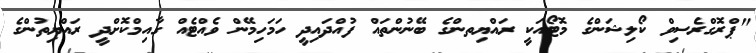
"ޕްރޮގްރެސިވް ކޯލިޝަންގެ މޮޓޯއަކީ ރައްޔިތންގެ ބޭނުންތައް ފުއްދައިދީ ހަމަހިމޭން ވެއްޓެއް ގާއިމްކޮށްދީ ރައްޔިތުންގެ